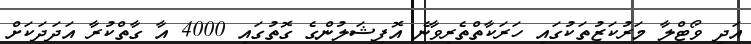
އަދި ވޯޓްލާ މަރުކަޒުތަކުގައި ހަރަކާތްތެރިވާނެ އޮފިޝަލުންގެ ގޮތުގައި 4000 އާ ގާތްކުރާ އަދަދަކަށް